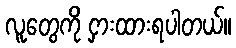
လူတွေကို ငှားထားရပါတယ်။